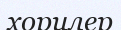
хорилер